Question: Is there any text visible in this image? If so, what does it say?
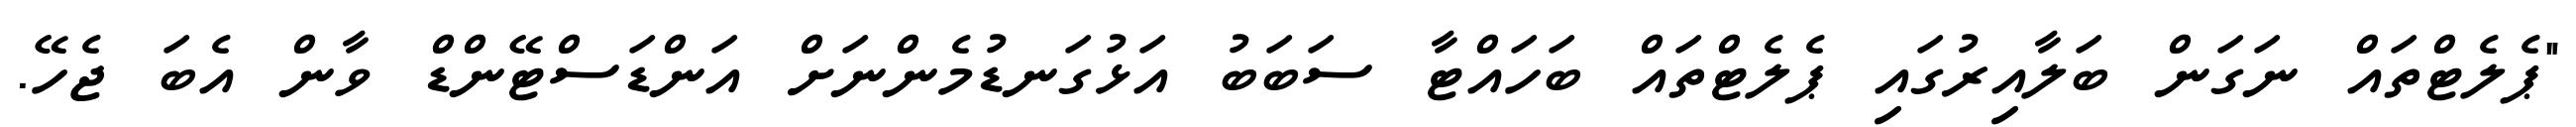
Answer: "ޕެލެޓްތައް ނަގަން ބަލާއިރުގައި ޕެލެޓްތައް ބަހައްޓާ ސަބަބު އަޅުގަނޑުމެންނަށް އަންޑަސްޓޭންޑް ވާން އެބަ ޖެހޭ.